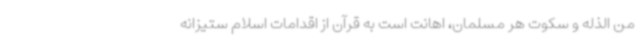
من الذله و سکوت هر مسلمان، اهانت است به قرآن از اقدامات اسلام ستیزانه